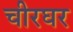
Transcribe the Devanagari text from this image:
चीरघर